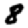
Digit: 8